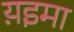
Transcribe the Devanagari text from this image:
य़इमा